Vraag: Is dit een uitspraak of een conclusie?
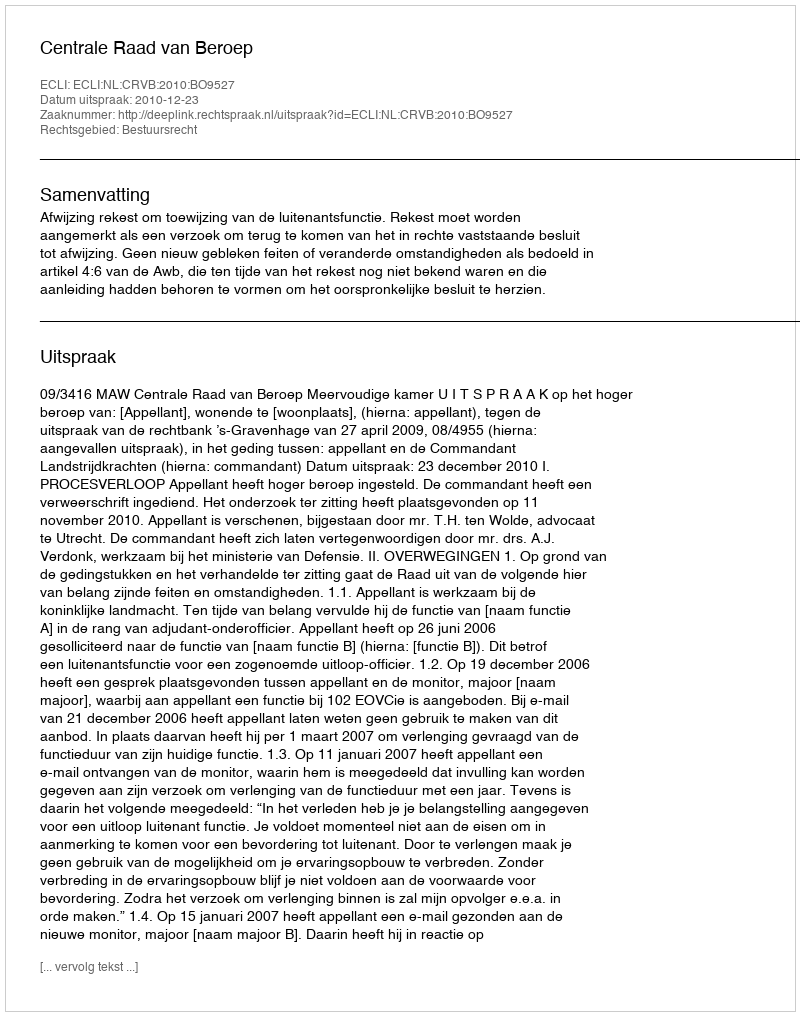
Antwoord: Uitspraak